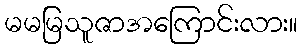
မမမြသူဇာအကြောင်းလား။